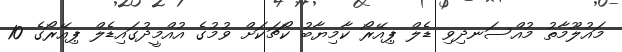
މައުލޫމާތު މުއްސަނދިވި ޑެލް ޕިއޭރޯ ކާމިޔާބު ކޯޗަކަށް ވުމުގެ އުއްމީދުގައިޑެލް ޕިއޭރޯގެ 10